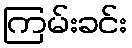
ကြမ်းခင်း